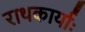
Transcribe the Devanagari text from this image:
राथकार्याः